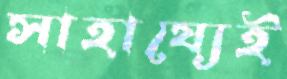
সাহায্যেই